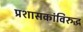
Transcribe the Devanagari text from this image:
प्रशासकांविरुद्ध